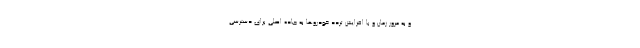
و به مرور زمان و با افزایش تردد خودروها به جاده اصلی برای دسترسی